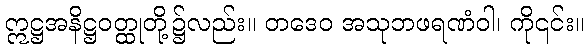
ဣဋ္ဌအနိဋ္ဌဝတ္ထုတို့၌လည်း။ တဒေဝ အသုဘဖရဏံဝါ၊ ကို၎င်း။